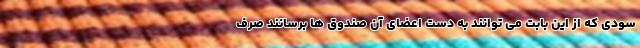
سودی که از این بابت می ‌توانند به دست اعضای آن صندوق ‌ها برسانند صرف